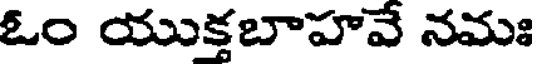
ఓం యుక్తబాహవే నమః